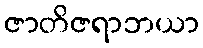
ဇာတိဇရာဘယာ